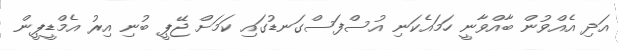
އަދި އެއްވުން ބާއްވާނީ ހަމައެކަނި އުސްފަސްގަނޑުގައި ކަމަށް ޖޭޕީ ބުނި އިރު އެމްޑީޕީން